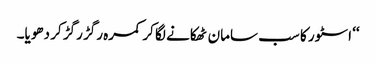
‘‘ اسٹور کا سب سامان ٹھکانے لگا کر کمرہ رگڑ رگڑ کر دھویا۔